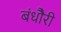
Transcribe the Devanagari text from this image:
बंधौैरी